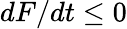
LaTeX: {dF}/{dt}\leq 0